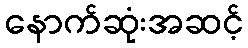
နောက်ဆုံးအဆင့်